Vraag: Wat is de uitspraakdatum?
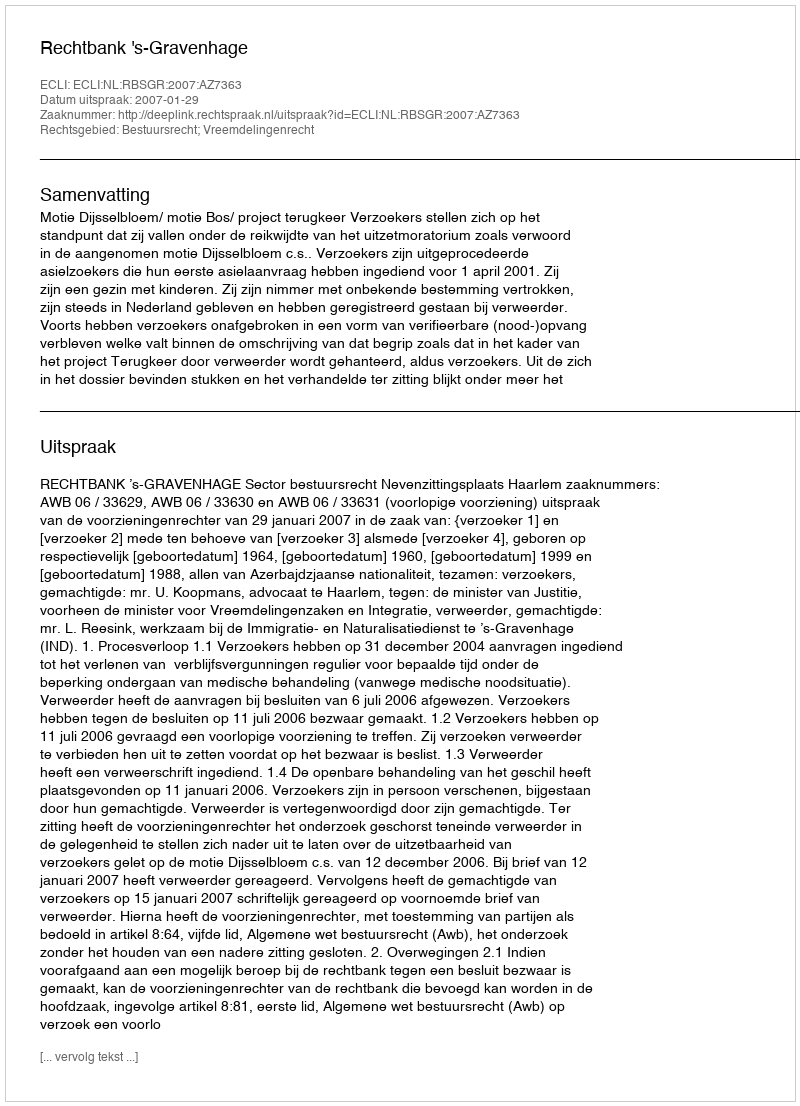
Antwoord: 2007-01-29